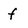
Character: f